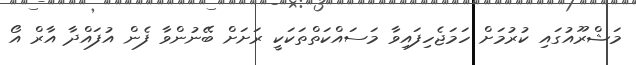
މަޝްރޫއުގައި ކުރުމަށް ހަމަޖެހިފައިވާ މަސައްކަތްތަކަކީ ރަށަށް ބޭނުންވާ ފެން އުފައްދާ އާރް އޯ